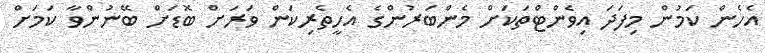
އެހެން ކަމުން މިފަދަ އިވެންޓްތަކަށް މެންބަރުންގެ އެހީތެރިކަން ވަރަށް ބޮޑަށް ބޭނުންވާ ކަމަށް